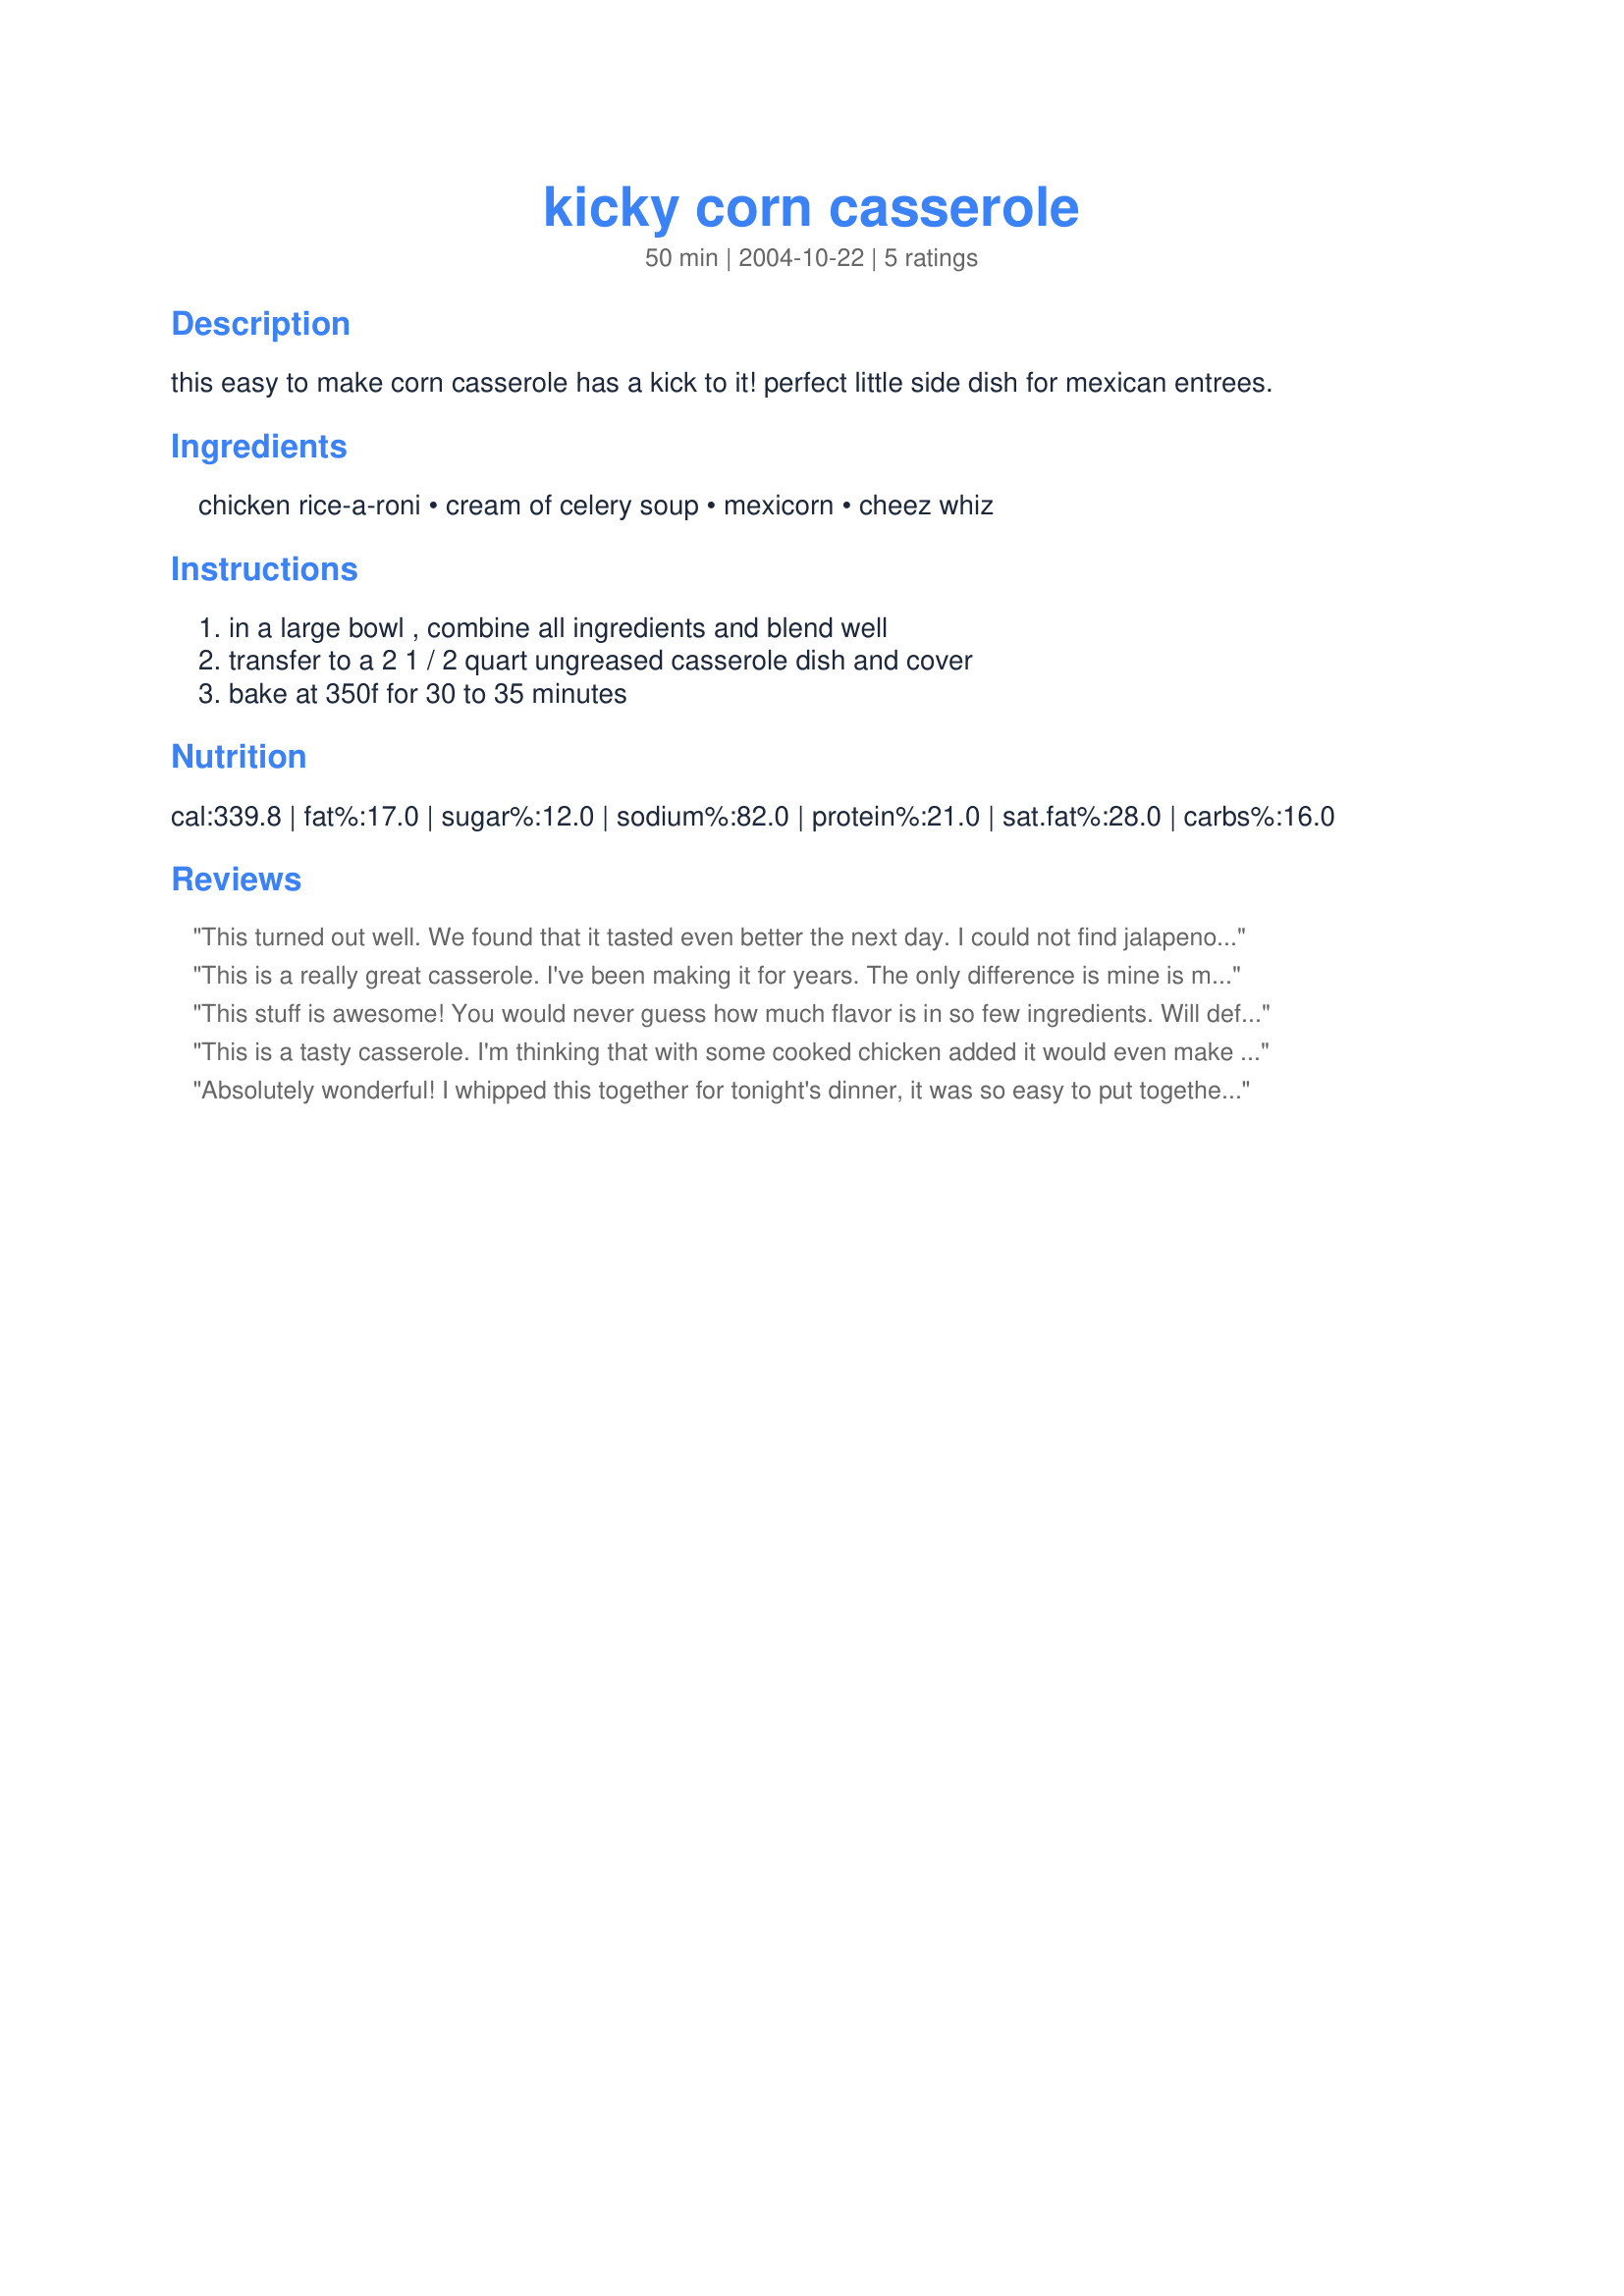
kicky corn casserole
Preparation time: 50 minutes

this easy to make corn casserole has a kick to it! perfect little side dish for mexican entrees.

Ingredients:
chicken rice-a-roni, cream of celery soup, mexicorn, cheez whiz

Steps:
in a large bowl , combine all ingredients and blend well, transfer to a 2 1 / 2 quart ungreased casserole dish and cover, bake at 350f for 30 to 35 minutes

Reviews:
This turned out well. We found that it tasted even better the next day. I could not find jalapeno Cheez Whiz so I used regular Chez Whiz and added diced green chilies. Yum.
This is a really great casserole. I've been making it for years. The only difference is mine is made with yellow rice instead of chicken rice. It's a really easy recipe.
This stuff is awesome! You would never guess how much flavor is in so few ingredients. Will definitely be making this again! I used cubed velveeta in place of the cheese whiz because that is what I had on hand. Thanks for a great recipe!
This is a tasty casserole. I'm thinking that with some cooked chicken added it would even make a nice dinner casserole.
Absolutely wonderful! I whipped this together for tonight's dinner, it was so easy to put together, it took no time at all. I used 2 cans niblets corn kernels in place of the mexicorn, and plain Cheez Whiz, I added some chopped pimento, and Parmesan cheese to the mixture. This is the second time I have made this recipe in the last week, my DH requested it again for tonight, I thought I had already rated it, but I guess I had forgotten, anyway better late than never. I am giving this 5 stars for taste and simplicity..thanks so much for sharing!...Kittencal:)
